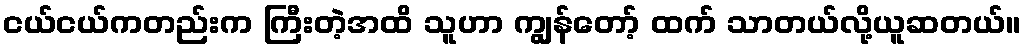
ငယ်ငယ်ကတည်းက ကြီးတဲ့အထိ သူဟာ ကျွန်တော့် ထက် သာတယ်လို့ယူဆတယ်။